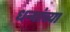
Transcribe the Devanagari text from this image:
धन्यांच्या